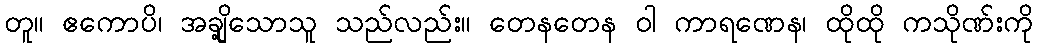
တူ။ ဧကောပိ၊ အချို့သောသူ သည်လည်း။ တေနတေန ဝါ ကာရဏေန၊ ထိုထို ကသိုဏ်းကို